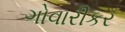
ગોવારીકર